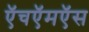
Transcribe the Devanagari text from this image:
ऍचऍमऍस